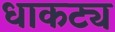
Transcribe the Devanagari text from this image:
धाकट्य